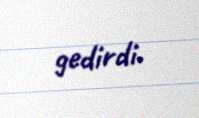
gedirdi.